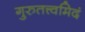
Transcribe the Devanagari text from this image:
गुरुतत्त्वमिदं